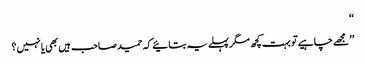
‘‘
’’ مجھے چاہیے تو بہت کچھ مگر پہلے یہ بتائیے کہ حمید صاحب ہیں بھی یا نہیں ؟